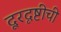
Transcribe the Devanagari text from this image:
दूरदृष्टीची